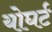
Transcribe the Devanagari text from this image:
योघर्ट